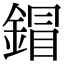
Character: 𨩩